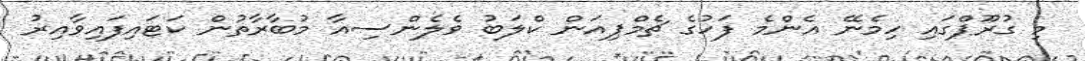
މި ގުރޫޕްގައި ހިމެނޭ އެންމެ ފަހުގެ ޗެމްޕިއަން ކްލަބު ވެލެންސިއާ މުބާރާތުން ކަޓައިފައިވާއިރު